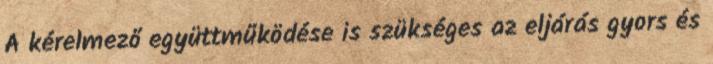
A kérelmező együttműködése is szükséges az eljárás gyors és